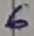
Text: 6